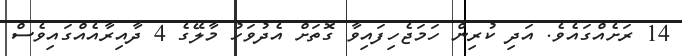
14 ރަށެއްގައެވެ. އަދި ކުރިން ހަމަޖެހިފައިވާ ގޮތަށް އެދުވަހު މާލޭގެ 4 ދާއިރާއެއްގައިވެސް